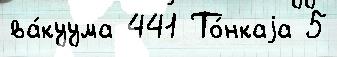
ва́куума 441 То́нкаjа 5